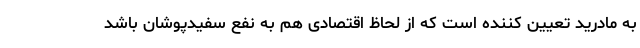
به مادرید تعیین کننده است که از لحاظ اقتصادی هم به نفع سفیدپوشان باشد